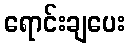
ရောင်းချပေး